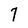
Character: 7